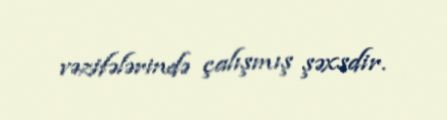
vəzifələrində çalışmış şəxsdir.